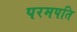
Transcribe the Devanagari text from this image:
परमपति